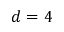
d = 4